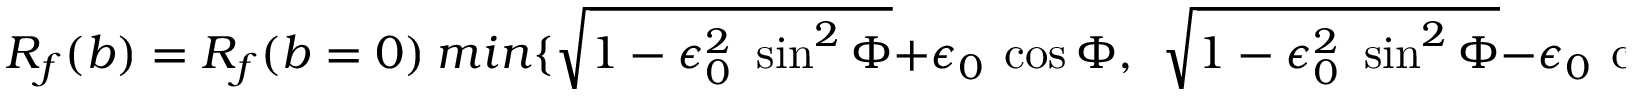
R _ { f } ( b ) = R _ { f } ( b = 0 ) ~ m i n \{ \sqrt { 1 - \epsilon _ { 0 } ^ { 2 } ~ \sin ^ { 2 } \Phi } + \epsilon _ { 0 } ~ \cos \Phi , ~ ~ \sqrt { 1 - \epsilon _ { 0 } ^ { 2 } ~ \sin ^ { 2 } \Phi } - \epsilon _ { 0 } ~ \cos \Phi \} .